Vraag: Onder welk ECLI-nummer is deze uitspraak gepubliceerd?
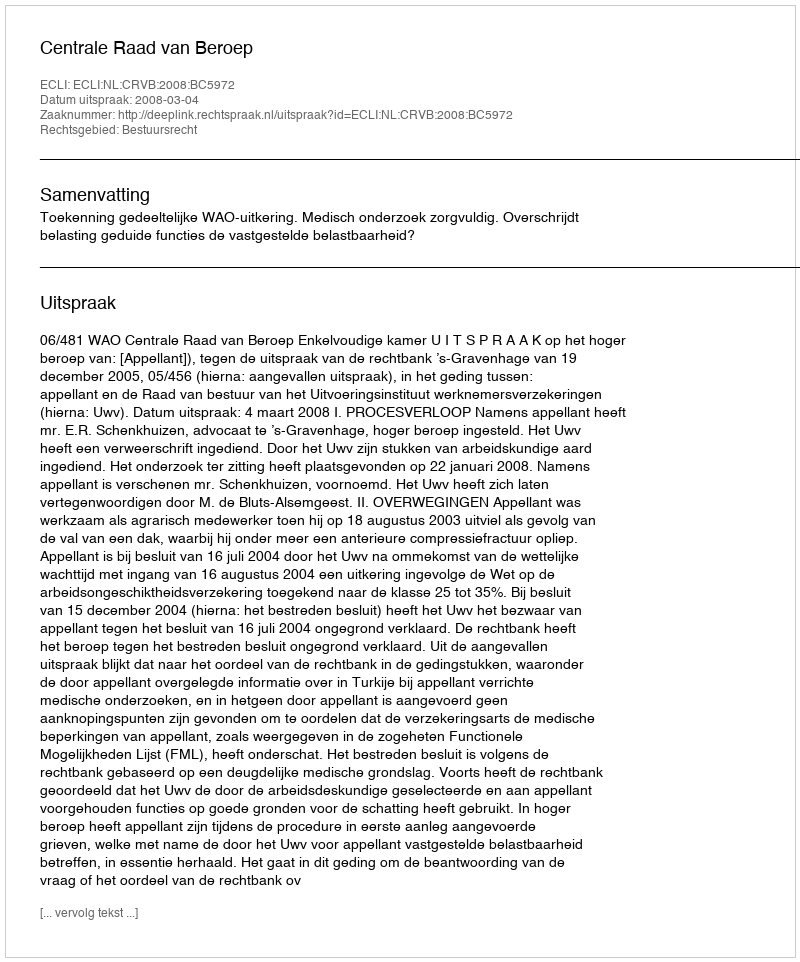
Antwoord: ECLI:NL:CRVB:2008:BC5972